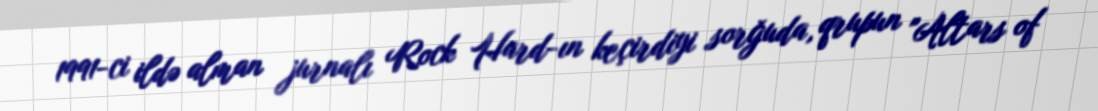
1991-ci ildə alman jurnalı Rock Hard-ın keçirdiyi sorğuda, qrupun "Altars of